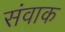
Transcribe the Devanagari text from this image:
संवाक